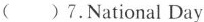
( )7. National Day